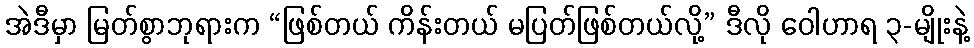
အဲဒီမှာ မြတ်စွာဘုရားက “ဖြစ်တယ် ကိန်းတယ် မပြတ်ဖြစ်တယ်လို့” ဒီလို ဝေါဟာရ ၃-မျိုးနဲ့